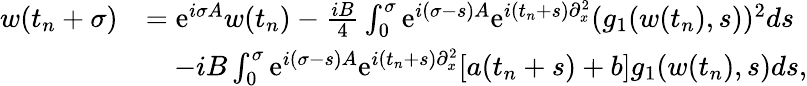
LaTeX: \begin{array}{rl}{w(t_{n}+\sigma)}&{=\mathrm{e}^{i\sigma A}w(t_{n})-\frac{iB}{4}\int_{0}^{\sigma}\mathrm{e}^{i(\sigma-s)A}\mathrm{e}^{i(t_{n}+s)\partial_{x}^{2}}(g_{1}(w(t_{n}),s))^{2}ds}\\ &{\quad-iB\int_{0}^{\sigma}\mathrm{e}^{i(\sigma-s)A}\mathrm{e}^{i(t_{n}+s)\partial_{x}^{2}}[a(t_{n}+s)+b]g_{1}(w(t_{n}),s)ds,}\end{array}